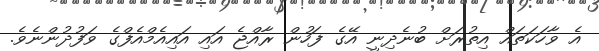
އެ ވާހަކަތައް އިތުރަށް ބުނެދިނީ އޭގެ ފަހުން ރާއްޖެ އައި އައިއެމްއެފްގެ ވަފުދުންނެވެ.